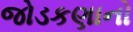
જોડકણાનો